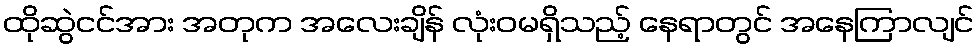
ထိုဆွဲငင်အား အတုက အလေးချိန် လုံးဝမရှိသည့် နေရာတွင် အနေကြာလျင်